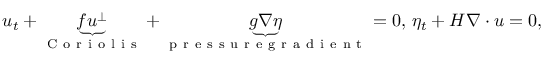
u _ { t } + \underbrace { f u ^ { \perp } } _ { \mathrm { ~ C ~ o ~ r ~ i ~ o ~ l ~ i ~ s ~ } } + \underbrace { g \nabla \eta } _ { \mathrm { ~ p ~ r ~ e ~ s ~ s ~ u ~ r ~ e ~ g ~ r ~ a ~ d ~ i ~ e ~ n ~ t ~ } } = 0 , \, \eta _ { t } + H \nabla \cdot u = 0 ,